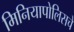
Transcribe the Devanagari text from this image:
मिनियापोलिसचे